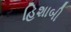
હિશાબી